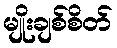
မျိုးချစ်စိတ်